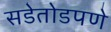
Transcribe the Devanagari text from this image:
सडेतोडपणे